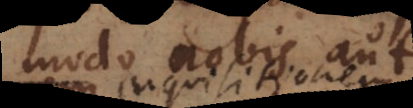
modo nobis aut